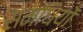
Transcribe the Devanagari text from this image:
समधियों